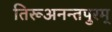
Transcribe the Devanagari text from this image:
तिरूअनन्तपुरम्